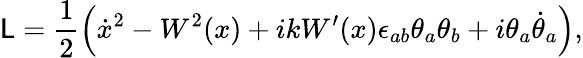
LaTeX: \mathsf{L}=\frac{{1}}{{2}}\left(\dot{{x}}{}^{2}-W^{2}(x)+ikW^{\prime}(x)\epsilon_{ab}\theta_{a}\theta_{b}+i\theta_{a}\dot{{\theta}}_{a}\right),